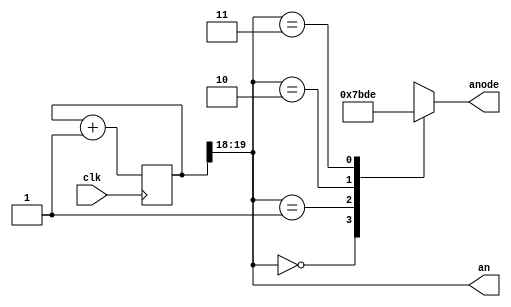
module anode_controller(
input clk,
output reg [3:0] anode,
output  [1:0] an

);
reg [19:0] count;

always @(posedge clk)
begin
count<=count+1;
end
  assign an=count[19:18];
always @(an)
begin
    case (an)
    2'b00:
    begin
    anode<=4'b0111;
    end
    2'b01:
    begin
    anode<=4'b1011;
    end
    2'b10:
    begin
    anode<=4'b1101;
    end
    2'b11:
    begin
    anode<=4'b1110;
    end
    default :
    begin
    anode<=4'b1111;
    end
    endcase
    end
endmodule